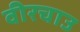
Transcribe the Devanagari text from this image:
वीरचाउ